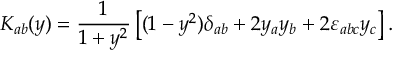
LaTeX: K _ { a b } ( y ) = \frac 1 { 1 + y ^ { 2 } } \left[ ( 1 - y ^ { 2 } ) \delta _ { a b } + 2 y _ { a } y _ { b } + 2 \varepsilon _ { a b c } y _ { c } \right] .